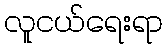
လူငယ်ရေးရာ